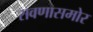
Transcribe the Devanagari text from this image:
रावणासमोर